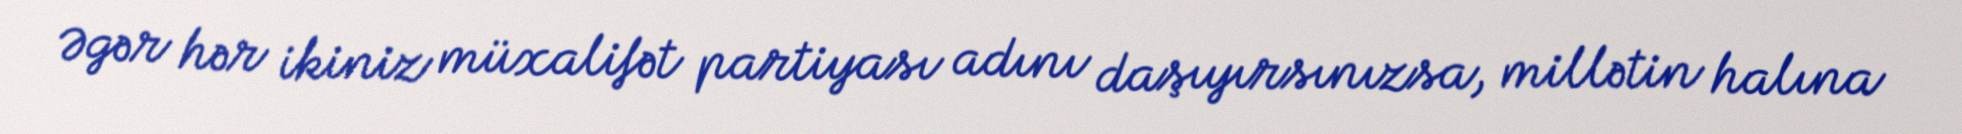
Əgər hər ikiniz müxalifət partiyası adını daşıyırsınızsa, millətin halına